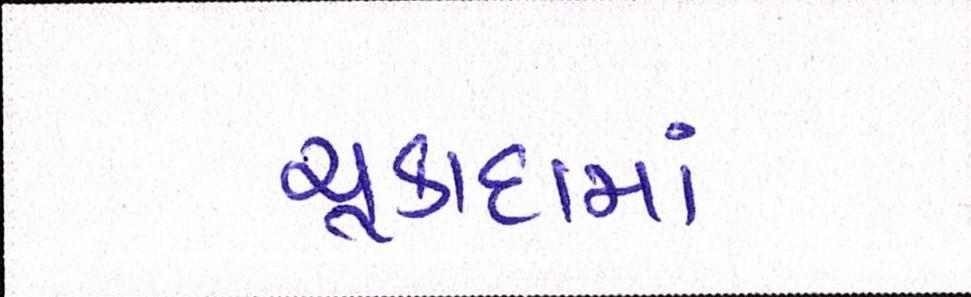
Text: ચૂકાદામાં